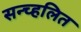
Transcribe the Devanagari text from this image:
सन्च्हलित